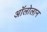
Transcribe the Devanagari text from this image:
अॉलोलान